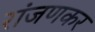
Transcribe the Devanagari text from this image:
रांजणकर